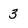
Character: 3